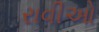
રાવીઓ